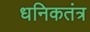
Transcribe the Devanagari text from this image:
धनिकतंत्र